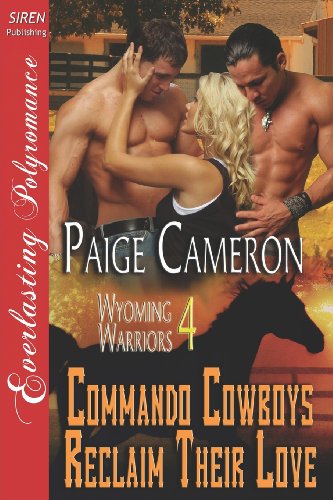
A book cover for Commando Cowboys Reclaim Their Love [Wyoming Warriors 4] (Siren Publishing Everlasting Polyromance) (Wyoming Warriors, Siren Publishing Everlasting Polyromance); Paige Cameron; Romance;